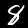
Label: 8